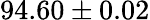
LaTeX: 94.60\pm 0.02